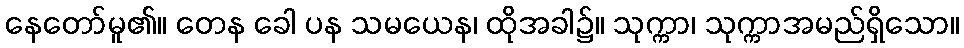
နေတော်မူ၏။ တေန ခေါ ပန သမယေန၊ ထိုအခါ၌။ သုက္ကာ၊ သုက္ကာအမည်ရှိသော။